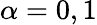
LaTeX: \alpha=0,1